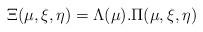
LaTeX: \begin{align*}\Xi(\mu, \xi, \eta ) = \Lambda(\mu) . \Pi(\mu, \xi, \eta)\end{align*}